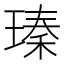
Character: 瑧